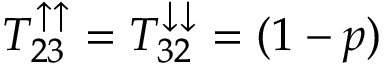
T _ { 2 3 } ^ { \uparrow \uparrow } = T _ { 3 2 } ^ { \downarrow \downarrow } = ( 1 - p )